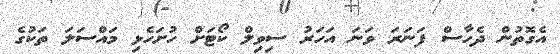
އެގޮތުން ދެހާސް ފަނަރަ ވަނަ އަހަރު ސިވިލް ކޯޓަށް ހުށަހެޅި މައްސަލަ ތަކުގެ